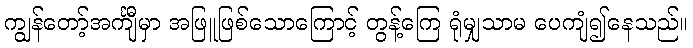
ကျွန်တော့်အင်္ကျီမှာ အဖြူဖြစ်သောကြောင့် တွန့်ကြေ ရုံမျှသာမ ပေကျံ၍နေသည်။